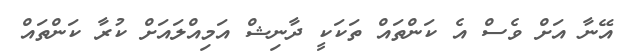
އޭނާ އަށް ވެސް އެ ކަންތައް ތަކަކީ ދާނިޝް އަމިއްލައަށް ކުރާ ކަންތައް